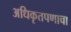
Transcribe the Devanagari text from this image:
अधिकृतपणाचा